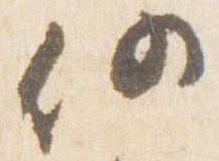
仍